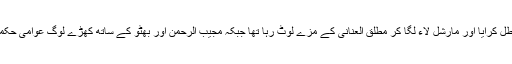
یحیٰ خان نے بندوق کی نالی پر ایوب خان سے 1962 کا آئین معطل کرایا اور مارشل لاء لگا کر مطلق العنانی کے مزے لُوٹ رہا تھا جبکہ مجیب الرحمن اور بھٹو کے ساتھ کھڑے لوگ عوامی حکمرانی (سیاسی نظام) کیلئے جدوجہد تیز کرتے چلے جا رہے تھے۔